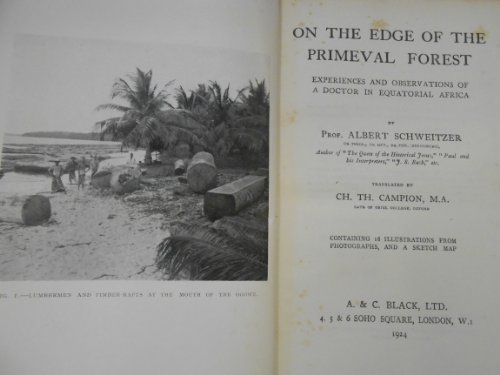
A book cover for On the Edge of the Primeval Forest: Experiences and Observations of a Doctor in Equatorial Africa; Albert. Ch. Th. Campion, Translator Schweitzer; Travel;